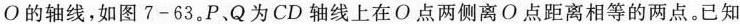
О的轴线，如图7-63.P、Q为CD轴线上在O点两侧离O点距离相等的两点。已知